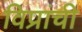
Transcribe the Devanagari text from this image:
विप्रांची